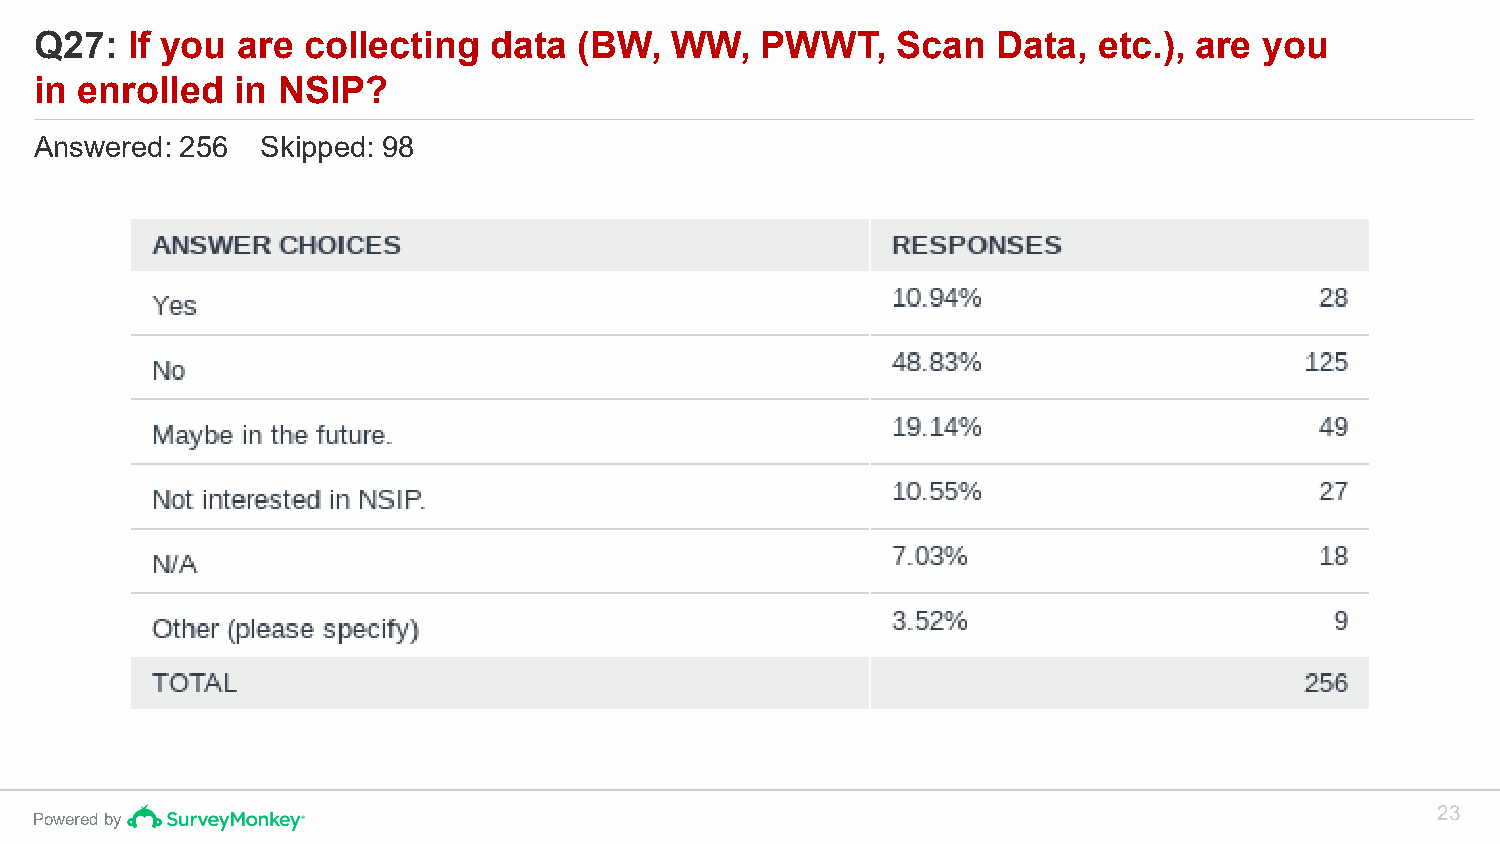
Q27:  If you  are collecting  data  (BW,  WW,   PWWT,    Scan   Data,  etc.), are you
 in enrolled  in NSIP?
 Answered: 256  Skipped: 98
 23
 Powered by